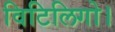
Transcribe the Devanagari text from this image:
विटिलिगो।